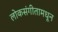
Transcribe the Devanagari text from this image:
लोकसंगीतामधून